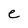
Character: e